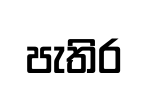
පැතිර